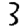
Digit: 3